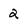
Character: 2